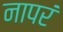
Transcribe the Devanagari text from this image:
नापरं